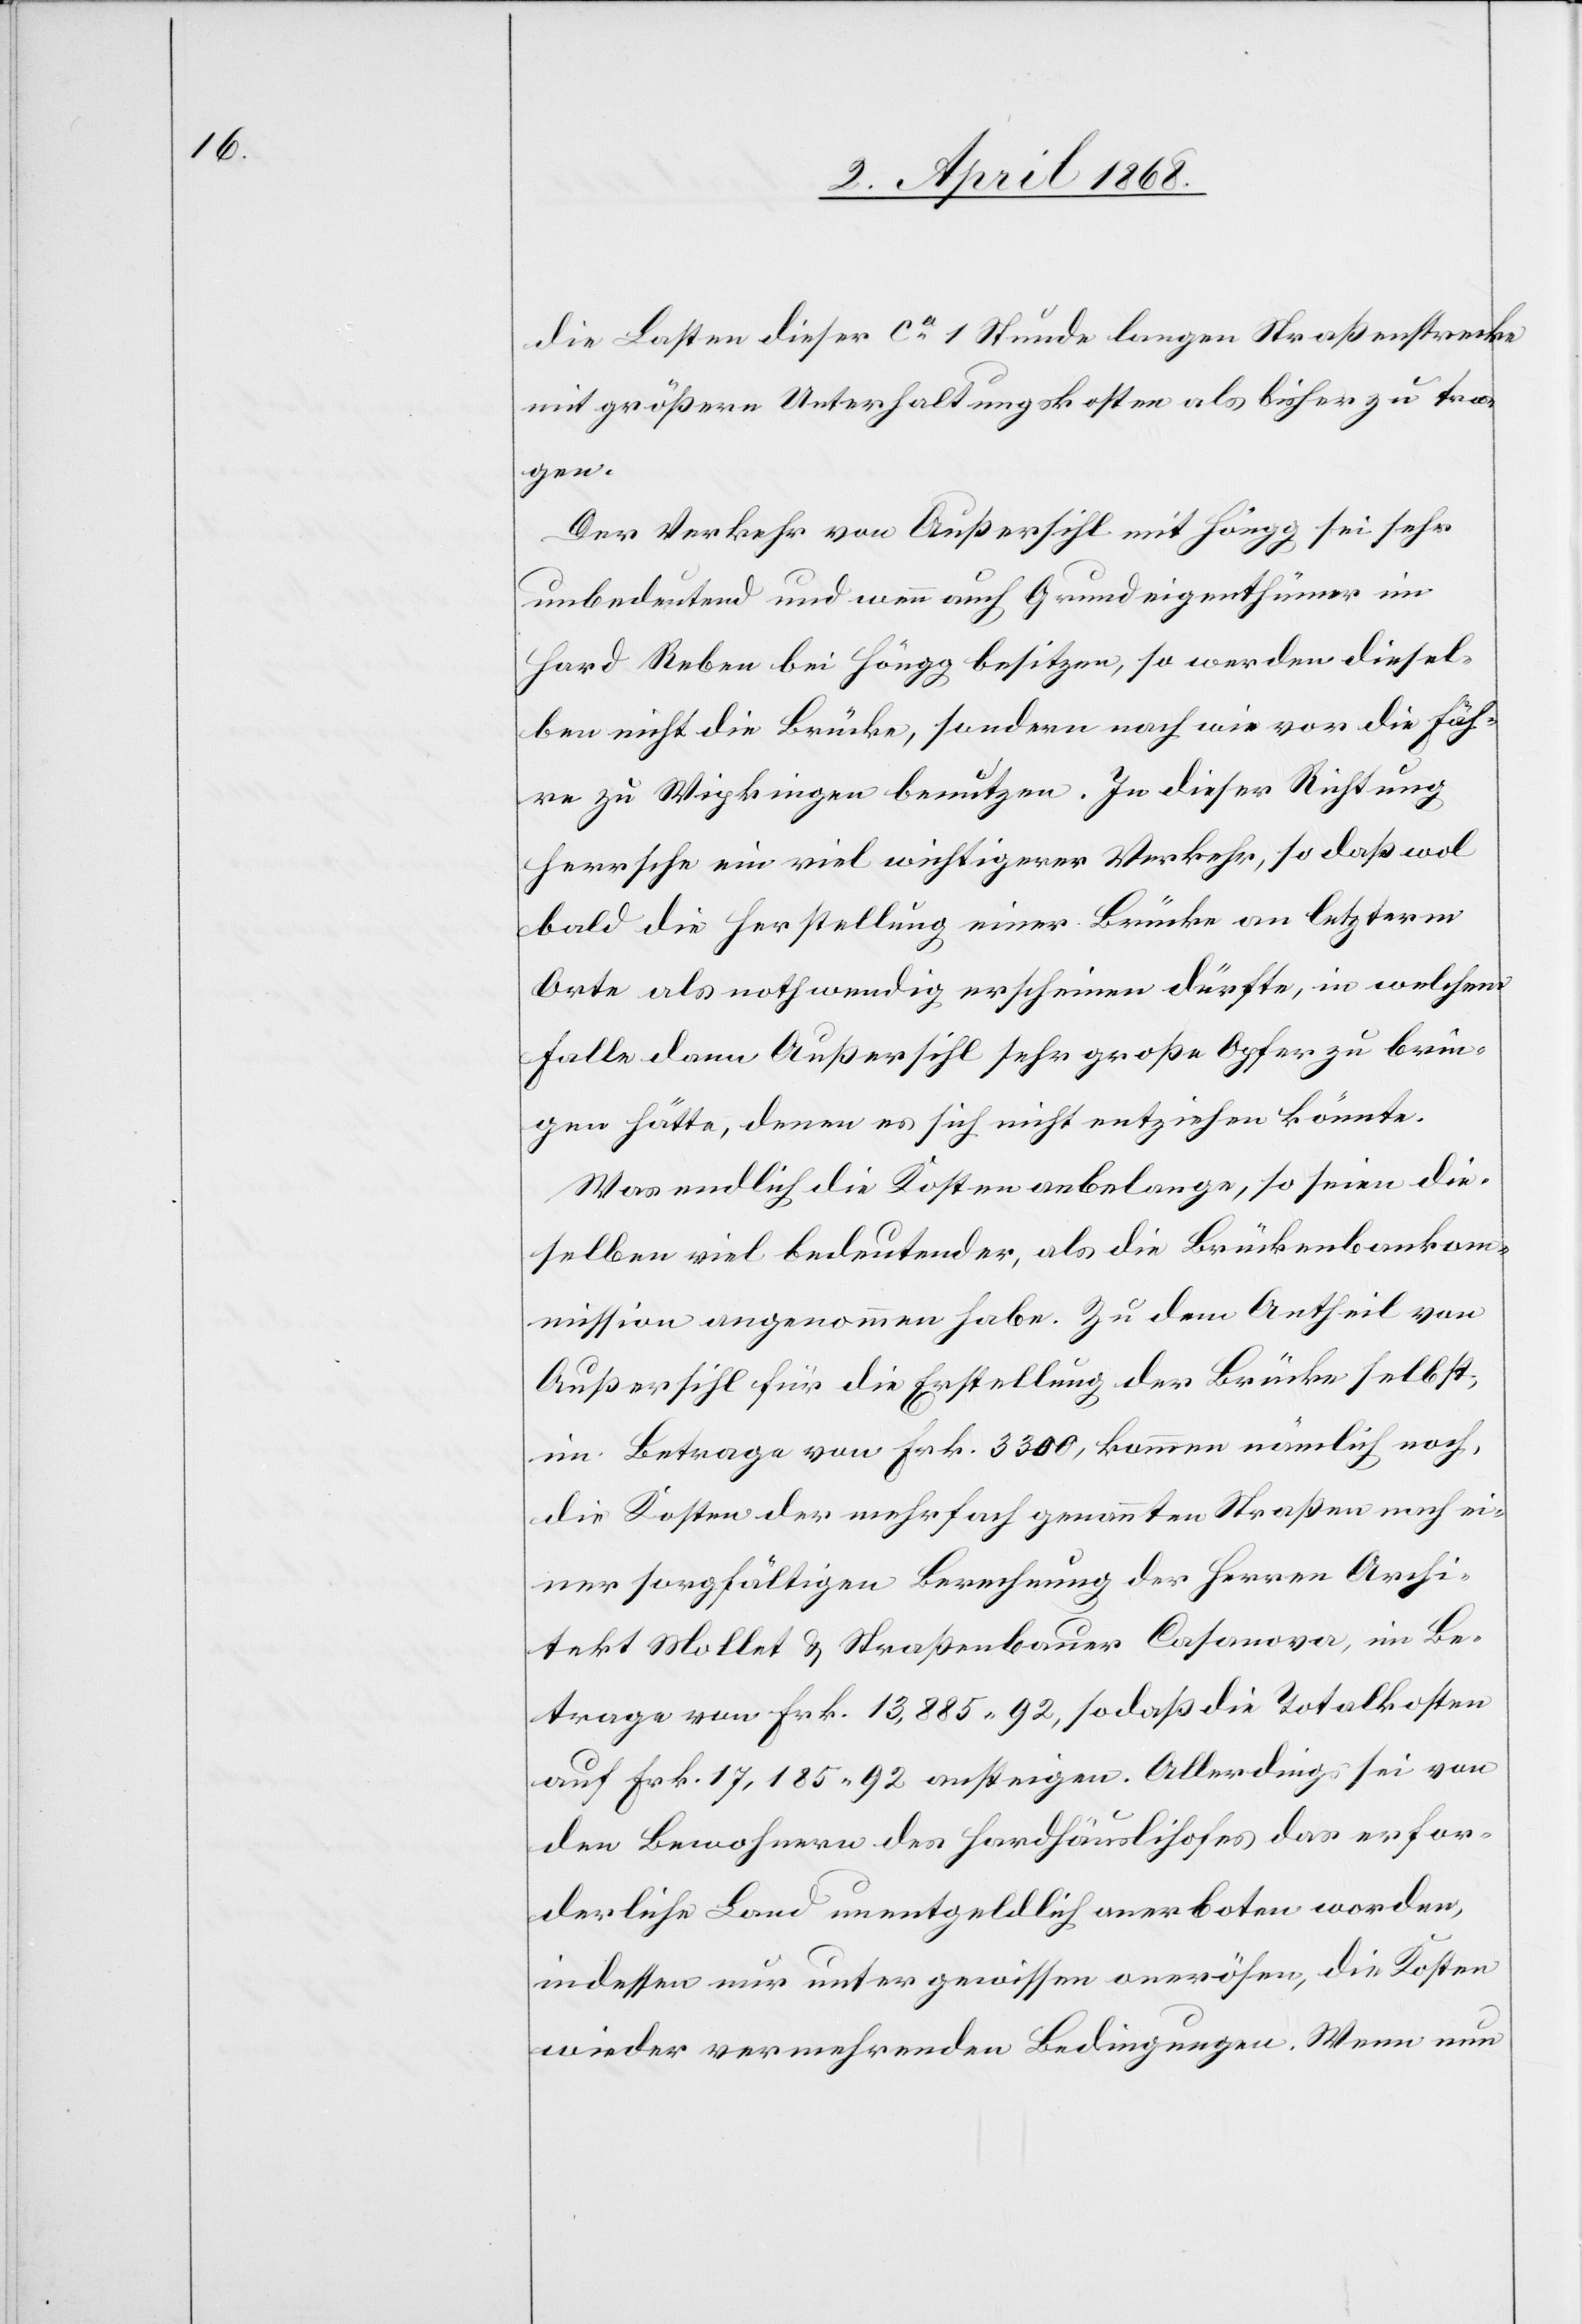
die Lasten dieser ca. 1 Stunde langen Straßenstrecke
mit größern Unterhaltungskosten als bisher zu tra¬
gen.
Der Verkehr von Außersihl mit Höngg sei sehr
unbedeutend und wenn auch Grundeigenthümer im
Hard Reben bei Höngg besitzen, so werden diesel¬
ben nicht die Brücke, sondern nach wie vor die Fäh¬
re zu Wipkingen benutzen. In dieser Richtung
herrsche ein viel wichtigerer Verkehr, so daß wol
bald die Herstellung einer Brücke an letzterm
Orte als nothwendig erscheinen dürfte, in welchem
Falle dann Außersihl sehr große Opfer zu brin¬
gen hätte, denen es sich nicht entziehen könnte.
Was endlich die Kosten anbelange, so seien die¬
selben viel bedeutender, als die Brückenbaukom¬
mission angenommen habe. Zu dem Antheil von
Außersihl für die Erstellung der Brücke selbst,
im Betrage von Frk. 3300, kommen nämlich noch
die Kosten der mehrfach genannten Straßen nach ei¬
ner sorgfältigen Berechnung der Herren Archi¬
tekt Mollet & Straßenbauer Casanova, im Be¬
trage von Frk. 13,885. 92, sodaß die Totalkosten
auf Frk. 17,185. 92 ansteigen. Allerdings sei von
den Bewohnern des Hardhäuslihofes das erfor¬
derliche Land unentgeldlich anerboten worden,
indessen nur unter gewissen onerösen, die Kosten
wieder vermehrenden Bedingungen. Wenn nun